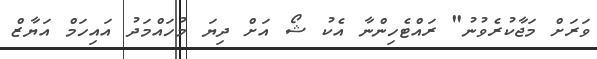
ވަރަށް މަޖާކުރެވުނު" ރައްޓެހިންނާ އެކު ޝޯ އަށް ދިޔަ މުހައްމަދު އައިހަމް އަޔާޒް